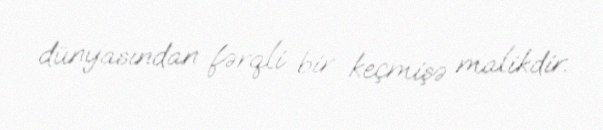
dünyasından fərqli bir keçmişə malikdir.